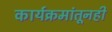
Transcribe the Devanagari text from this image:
कार्यक्रमांतूनही